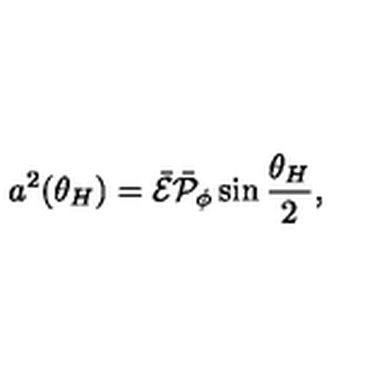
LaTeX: a ^ { 2 } ( \theta _ { H } ) = \bar { \cal E } \bar { \cal P } _ { \phi } \sin { \frac { \theta _ { H } } { 2 } } ,